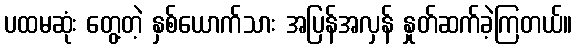
ပထမဆုံး တွေ့တဲ့ နှစ်ယောက်သား အပြန်အလှန် နှုတ်ဆက်ခဲ့ကြတယ်။